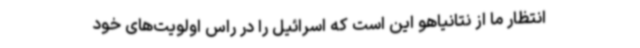
انتظار ما از نتانیاهو این است که اسرائیل را در راس اولویت‌های خود